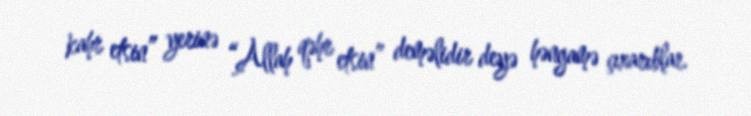
kahr etsin” yerinə “Allah qəhr etsin” deməlidir deyə həngamə çıxarıblar.